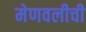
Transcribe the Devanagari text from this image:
मेणवलीची